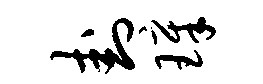
卦璋